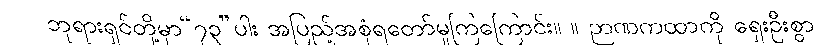
ဘုရားရှင်တို့မှာ“၇၃”ပါး အပြည့်အစုံရတော်မူကြကြောင်း။ ။ ဉာဏကထာကို ရှေးဦးစွာ